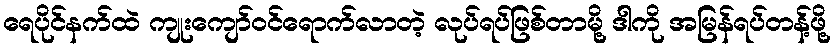
ရေပိုင်နက်ထဲ ကျုးကျော်ဝင်ရောက်လာတဲ့ လုပ်ရပ်ဖြစ်တာမို့ ဒါကို အမြန်ရပ်တန့်ဖို့